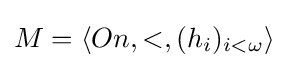
M=\langle On,<,(h_{i})_{i<\omega }\rangle